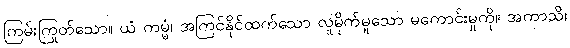
ကြမ်းကြုတ်သော။ ယံ ကမ္မံ၊ အကြင်နိုင်ထက်သော လူမိုက်မူသော မကောင်းမှုကို။ အကာသိ၊